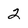
Character: 2